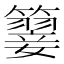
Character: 𥵳